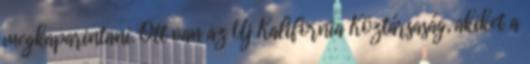
megkaparintani. Ott van az Új Kalifornia Köztársaság, akiket a